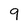
Character: 9